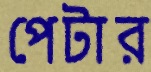
পেটার